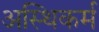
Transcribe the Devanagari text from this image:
अस्थिकर्म